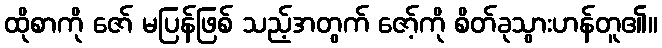
ထိုစာကို ဇော် မပြန်ဖြစ် သည့်အတွက် ဇော့်ကို စိတ်ခုသွားဟန်တူ၏။